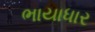
ભાયાધાર